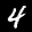
Label: 4